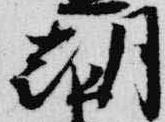
朝